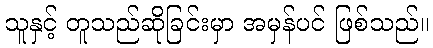
သူနှင့် တူသည်ဆိုခြင်းမှာ အမှန်ပင် ဖြစ်သည်။